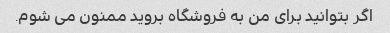
اگر بتوانید برای من به فروشگاه بروید ممنون می شوم.